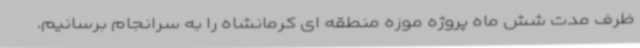
ظرف مدت شش ماه پروژه موزه منطقه ای کرمانشاه را به سرانجام برسانیم.